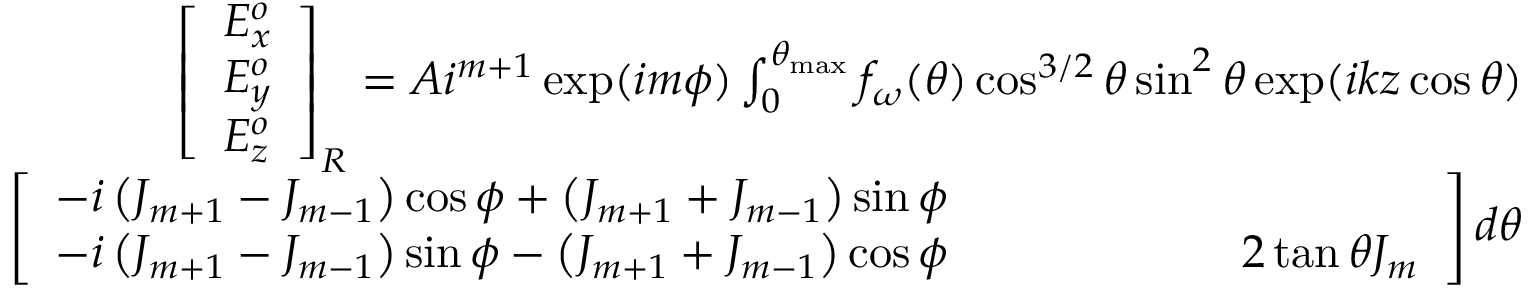
\begin{array} { r } { \begin{array} { r } { \left[ \begin{array} { l } { E _ { x } ^ { o } } \\ { E _ { y } ^ { o } } \\ { E _ { z } ^ { o } } \end{array} \right] _ { R } = A i ^ { m + 1 } \exp ( i m \phi ) \int _ { 0 } ^ { \theta _ { \operatorname* { m a x } } } f _ { \omega } ( \theta ) \cos ^ { 3 / 2 } \theta \sin ^ { 2 } \theta \exp ( i k z \cos \theta ) } \\ { ~ ~ ~ ~ ~ ~ ~ ~ ~ ~ ~ ~ ~ ~ ~ ~ ~ ~ ~ ~ ~ ~ ~ \left[ \begin{array} { l } { - i \left( J _ { m + 1 } - J _ { m - 1 } \right) \cos \phi + \left( J _ { m + 1 } + J _ { m - 1 } \right) \sin \phi } \\ { - i \left( J _ { m + 1 } - J _ { m - 1 } \right) \sin \phi - \left( J _ { m + 1 } + J _ { m - 1 } \right) \cos \phi \ ~ ~ ~ ~ ~ ~ ~ ~ ~ ~ ~ ~ ~ ~ ~ ~ ~ ~ 2 \tan \theta J _ { m } } \end{array} \right] d \theta } \end{array} } \end{array}